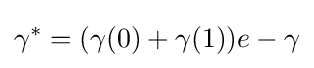
\gamma ^{*}=(\gamma (0)+\gamma (1))e-\gamma